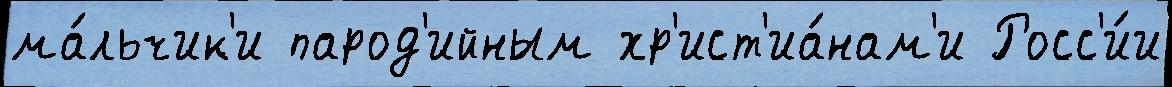
ма́льчик'и парод'ийным хр'ист'иа́нам'и Росс'и́и